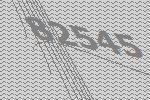
82545